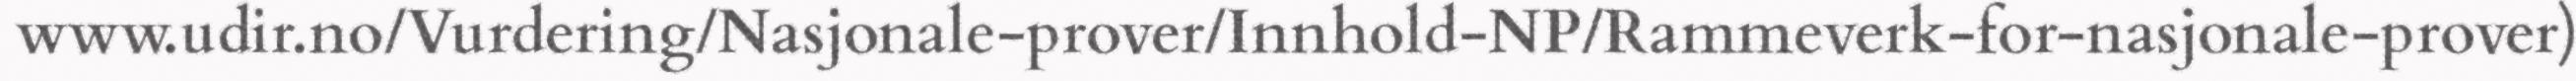
www.udir.no/Vurdering/Nasjonale-prover/Innhold-NP/Rammeverk-for-nasjonale-prover)